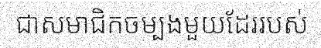
ជាសមាជិកចម្បងមួយដែររបស់